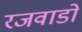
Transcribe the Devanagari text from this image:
रजवाडो